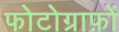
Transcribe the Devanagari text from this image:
फोटोग्राफ़ों